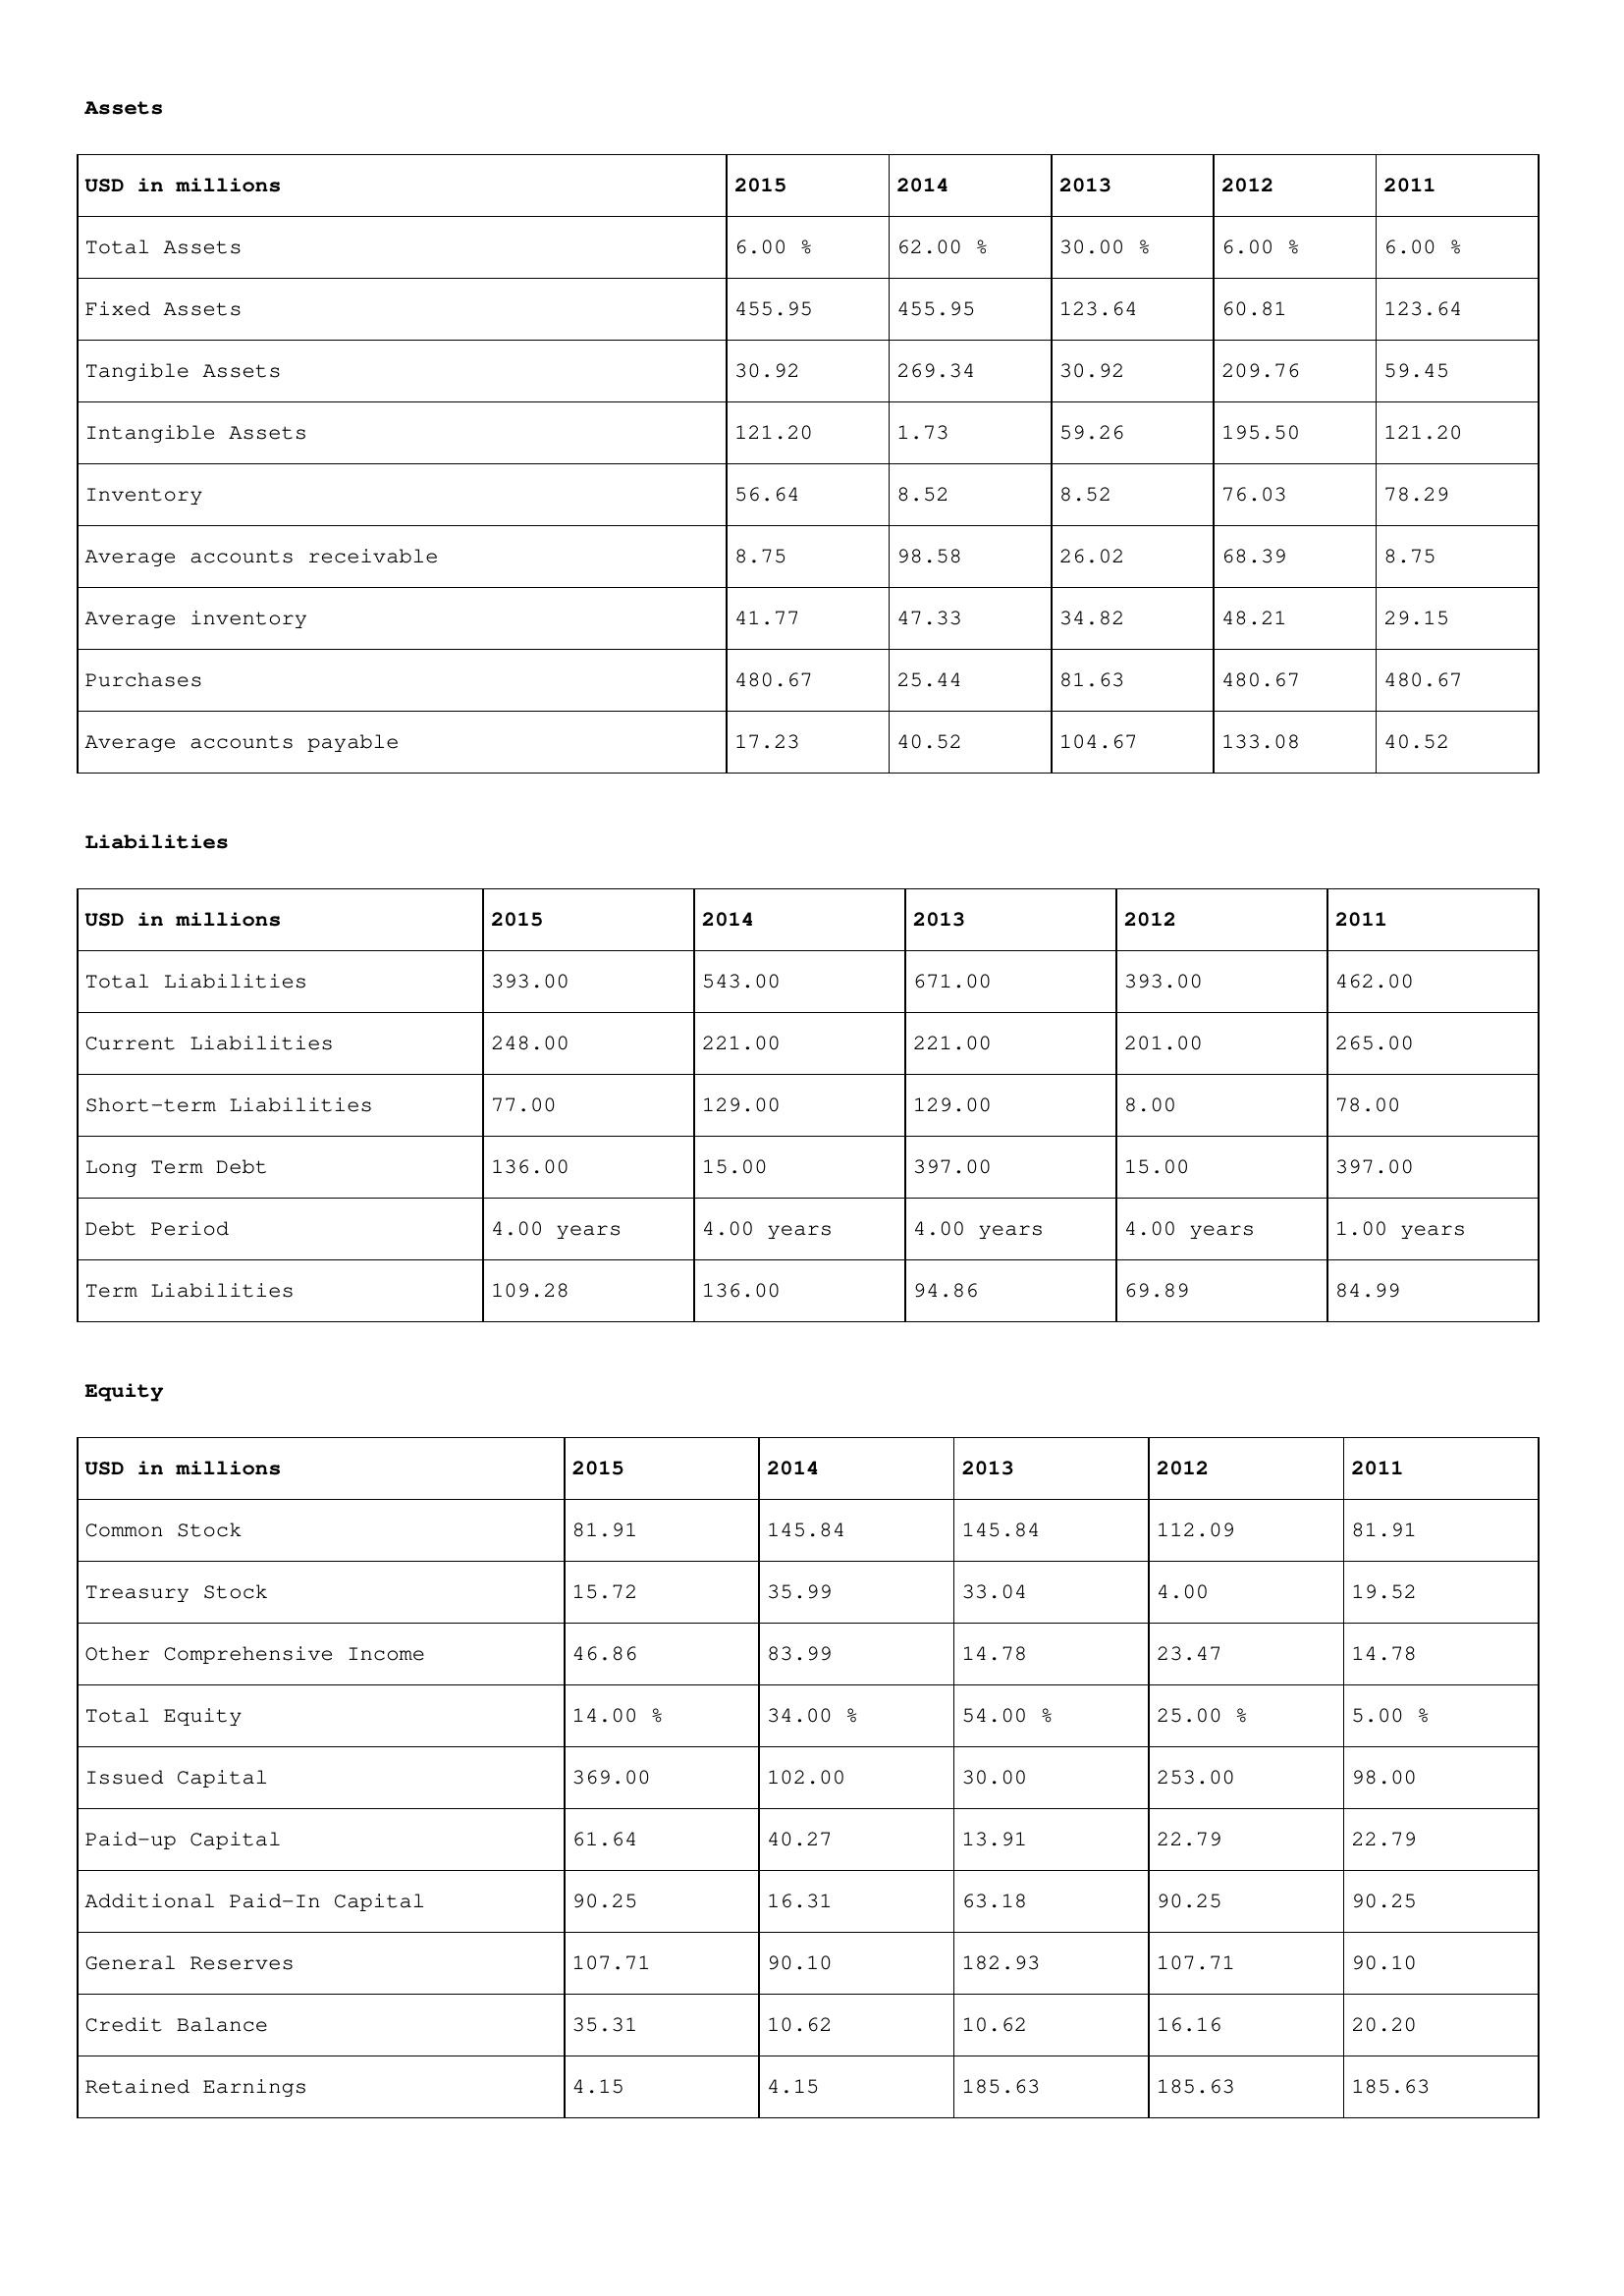
gt_parse: 2015: Assets: Total Assets: 6.00 %
Fixed Assets: 455.95
Tangible Assets: 30.92
Intangible Assets: 121.20
Inventory: 56.64
Average accounts receivable: 8.75
Average inventory: 41.77
Purchases: 480.67
Average accounts payable: 17.23
Liabilities: Total Liabilities: 393.00
Current Liabilities: 248.00
Short-term Liabilities: 77.00
Long Term Debt: 136.00
Debt Period: 4.00 years
Term Liabilities: 109.28
Equity: Common Stock: 81.91
Treasury Stock: 15.72
Other Comprehensive Income: 46.86
Total Equity: 14.00 %
Issued Capital: 369.00
Paid-up Capital: 61.64
Additional Paid-In Capital: 90.25
General Reserves: 107.71
Credit Balance: 35.31
Retained Earnings: 4.15
2014: Assets: Total Assets: 62.00 %
Fixed Assets: 455.95
Tangible Assets: 269.34
Intangible Assets: 1.73
Inventory: 8.52
Average accounts receivable: 98.58
Average inventory: 47.33
Purchases: 25.44
Average accounts payable: 40.52
Liabilities: Total Liabilities: 543.00
Current Liabilities: 221.00
Short-term Liabilities: 129.00
Long Term Debt: 15.00
Debt Period: 4.00 years
Term Liabilities: 136.00
Equity: Common Stock: 145.84
Treasury Stock: 35.99
Other Comprehensive Income: 83.99
Total Equity: 34.00 %
Issued Capital: 102.00
Paid-up Capital: 40.27
Additional Paid-In Capital: 16.31
General Reserves: 90.10
Credit Balance: 10.62
Retained Earnings: 4.15
2013: Assets: Total Assets: 30.00 %
Fixed Assets: 123.64
Tangible Assets: 30.92
Intangible Assets: 59.26
Inventory: 8.52
Average accounts receivable: 26.02
Average inventory: 34.82
Purchases: 81.63
Average accounts payable: 104.67
Liabilities: Total Liabilities: 671.00
Current Liabilities: 221.00
Short-term Liabilities: 129.00
Long Term Debt: 397.00
Debt Period: 4.00 years
Term Liabilities: 94.86
Equity: Common Stock: 145.84
Treasury Stock: 33.04
Other Comprehensive Income: 14.78
Total Equity: 54.00 %
Issued Capital: 30.00
Paid-up Capital: 13.91
Additional Paid-In Capital: 63.18
General Reserves: 182.93
Credit Balance: 10.62
Retained Earnings: 185.63
2012: Assets: Total Assets: 6.00 %
Fixed Assets: 60.81
Tangible Assets: 209.76
Intangible Assets: 195.50
Inventory: 76.03
Average accounts receivable: 68.39
Average inventory: 48.21
Purchases: 480.67
Average accounts payable: 133.08
Liabilities: Total Liabilities: 393.00
Current Liabilities: 201.00
Short-term Liabilities: 8.00
Long Term Debt: 15.00
Debt Period: 4.00 years
Term Liabilities: 69.89
Equity: Common Stock: 112.09
Treasury Stock: 4.00
Other Comprehensive Income: 23.47
Total Equity: 25.00 %
Issued Capital: 253.00
Paid-up Capital: 22.79
Additional Paid-In Capital: 90.25
General Reserves: 107.71
Credit Balance: 16.16
Retained Earnings: 185.63
2011: Assets: Total Assets: 6.00 %
Fixed Assets: 123.64
Tangible Assets: 59.45
Intangible Assets: 121.20
Inventory: 78.29
Average accounts receivable: 8.75
Average inventory: 29.15
Purchases: 480.67
Average accounts payable: 40.52
Liabilities: Total Liabilities: 462.00
Current Liabilities: 265.00
Short-term Liabilities: 78.00
Long Term Debt: 397.00
Debt Period: 1.00 years
Term Liabilities: 84.99
Equity: Common Stock: 81.91
Treasury Stock: 19.52
Other Comprehensive Income: 14.78
Total Equity: 5.00 %
Issued Capital: 98.00
Paid-up Capital: 22.79
Additional Paid-In Capital: 90.25
General Reserves: 90.10
Credit Balance: 20.20
Retained Earnings: 185.63